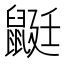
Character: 鼮